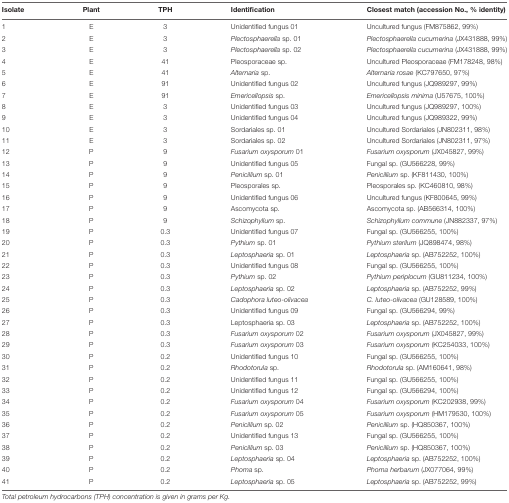
<table><thead><tr><td><b>Isolate</b></td><td><b>Plant</b></td><td><b>TPH</b></td><td><b>Identification</b></td><td><b>Closest match (accession No., % identity)</b></td></tr></thead><tbody><tr><td>1</td><td>E</td><td>3</td><td>Unidentified fungus 01</td><td>Uncultured fungus (FM875862, 99%)</td></tr><tr><td>2</td><td>E</td><td>3</td><td><i>Plectosphaerella</i> sp. 01</td><td><i>Plectosphaerella cucumerina</i> (JX431888, 99%)</td></tr><tr><td>3</td><td>E</td><td>3</td><td><i>Plectosphaerella</i> sp. 02</td><td><i>Plectosphaerella cucumerina</i> (JX431888, 99%)</td></tr><tr><td>4</td><td>E</td><td>41</td><td>Pleosporaceae sp.</td><td>Uncultured Pleosporaceae (FM178248, 98%)</td></tr><tr><td>5</td><td>E</td><td>41</td><td><i>Alternaria</i> sp.</td><td><i>Alternaria rosae</i> (KC797650, 97%)</td></tr><tr><td>6</td><td>E</td><td>91</td><td>Unidentified fungus 02</td><td>Uncultured fungus (JQ989297, 99%)</td></tr><tr><td>7</td><td>E</td><td>91</td><td><i>Emericellopsis</i> sp.</td><td><i>Emericellopsis minima</i> (U57675, 100%)</td></tr><tr><td>8</td><td>E</td><td>3</td><td>Unidentified fungus 03</td><td>Uncultured fungus (JQ989297, 100%)</td></tr><tr><td>9</td><td>E</td><td>3</td><td>Unidentified fungus 04</td><td>Uncultured fungus (JQ989322, 99%)</td></tr><tr><td>10</td><td>E</td><td>3</td><td>Sordariales sp. 01</td><td>Uncultured Sordariales (JN802311, 98%)</td></tr><tr><td>11</td><td>E</td><td>3</td><td>Sordariales sp. 02</td><td>Uncultured Sordariales (JN802311, 97%)</td></tr><tr><td>12</td><td>P</td><td>9</td><td><i>Fusarium oxysporum</i> 01</td><td><i>Fusarium oxysporum</i> (JX045827, 99%)</td></tr><tr><td>13</td><td>P</td><td>9</td><td>Unidentified fungus 05</td><td>Fungal sp. (GU566228, 99%)</td></tr><tr><td>14</td><td>P</td><td>9</td><td><i>Penicillium</i> sp. 01</td><td><i>Penicillium</i> sp. (KF811430, 100%)</td></tr><tr><td>15</td><td>P</td><td>9</td><td>Pleosporales sp.</td><td>Pleosporales sp. (KC460810, 98%)</td></tr><tr><td>16</td><td>P</td><td>9</td><td>Unidentified fungus 06</td><td>Uncultured fungus (KF800645, 99%)</td></tr><tr><td>17</td><td>P</td><td>9</td><td>Ascomycota sp.</td><td>Ascomycota sp. (AB566314, 100%)</td></tr><tr><td>18</td><td>P</td><td>9</td><td><i>Schizophyllum</i> sp.</td><td><i>Schizophyllum commune</i> (JN882337, 97%)</td></tr><tr><td>19</td><td>P</td><td>0.3</td><td>Unidentified fungus 07</td><td>Fungal sp. (GU566255, 100%)</td></tr><tr><td>20</td><td>P</td><td>0.3</td><td><i>Pythium</i> sp. 01</td><td><i>Pythium sterilum</i> (JQ898474, 98%)</td></tr><tr><td>21</td><td>P</td><td>0.3</td><td><i>Leptosphaeria</i> sp. 01</td><td><i>Leptosphaeria</i> sp. (AB752252, 100%)</td></tr><tr><td>22</td><td>P</td><td>0.3</td><td>Unidentified fungus 08</td><td>Fungal sp. (GU566255, 100%)</td></tr><tr><td>23</td><td>P</td><td>0.3</td><td><i>Pythium</i> sp. 02</td><td><i>Pythium periplocum</i> (GU811234, 100%)</td></tr><tr><td>24</td><td>P</td><td>0.3</td><td><i>Leptosphaeria</i> sp. 02</td><td><i>Leptosphaeria</i> sp. (AB752252, 99%)</td></tr><tr><td>25</td><td>P</td><td>0.3</td><td><i>Cadophora luteo-olivacea</i></td><td><i>C. luteo-olivacea</i> (GU128589, 100%)</td></tr><tr><td>26</td><td>P</td><td>0.3</td><td>Unidentified fungus 09</td><td>Fungal sp. (GU566294, 99%)</td></tr><tr><td>27</td><td>P</td><td>0.3</td><td>Leptosphaeria sp. 03</td><td><i>Leptosphaeria</i> sp. (AB752252, 100%)</td></tr><tr><td>28</td><td>P</td><td>0.3</td><td><i>Fusarium oxysporum</i> 02</td><td><i>Fusarium oxysporum</i> (JX045827, 99%)</td></tr><tr><td>29</td><td>P</td><td>0.3</td><td><i>Fusarium oxysporum</i> 03</td><td><i>Fusarium oxysporum</i> (KC254033, 100%)</td></tr><tr><td>30</td><td>P</td><td>0.2</td><td>Unidentified fungus 10</td><td>Fungal sp. (GU566255, 100%)</td></tr><tr><td>31</td><td>P</td><td>0.2</td><td><i>Rhodotorula</i> sp.</td><td><i>Rhodotorula</i> sp. (AM160641, 98%)</td></tr><tr><td>32</td><td>P</td><td>0.2</td><td>Unidentified fungus 11</td><td>Fungal sp. (GU566255, 100%)</td></tr><tr><td>33</td><td>P</td><td>0.2</td><td>Unidentified fungus 12</td><td>Fungal sp. (GU566294, 100%)</td></tr><tr><td>34</td><td>P</td><td>0.2</td><td><i>Fusarium oxysporum</i> 04</td><td><i>Fusarium oxysporum</i> (KC202938, 99%)</td></tr><tr><td>35</td><td>P</td><td>0.2</td><td><i>Fusarium oxysporum</i> 05</td><td><i>Fusarium oxysporum</i> (HM179530, 100%)</td></tr><tr><td>36</td><td>P</td><td>0.2</td><td><i>Penicillium</i> sp. 02</td><td><i>Penicillium</i> sp. (HQ850367, 100%)</td></tr><tr><td>37</td><td>P</td><td>0.2</td><td>Unidentified fungus 13</td><td>Fungal sp. (GU566255, 100%)</td></tr><tr><td>38</td><td>P</td><td>0.2</td><td><i>Penicillium</i> sp. 03</td><td><i>Penicillium</i> sp. (HQ850367, 100%)</td></tr><tr><td>39</td><td>P</td><td>0.2</td><td><i>Leptosphaeria</i> sp. 04</td><td><i>Leptosphaeria</i> sp. (AB752252, 100%)</td></tr><tr><td>40</td><td>P</td><td>0.2</td><td><i>Phoma</i> sp.</td><td><i>Phoma herbarum</i> (JX077064, 99%)</td></tr><tr><td>41</td><td>P</td><td>0.2</td><td><i>Leptosphaeria</i> sp. 05</td><td><i>Leptosphaeria</i> sp. (AB752252, 99%)</td></tr></tbody></table>